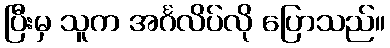
ပြီးမှ သူက အင်္ဂလိပ်လို ပြောသည်။